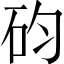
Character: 𥐩